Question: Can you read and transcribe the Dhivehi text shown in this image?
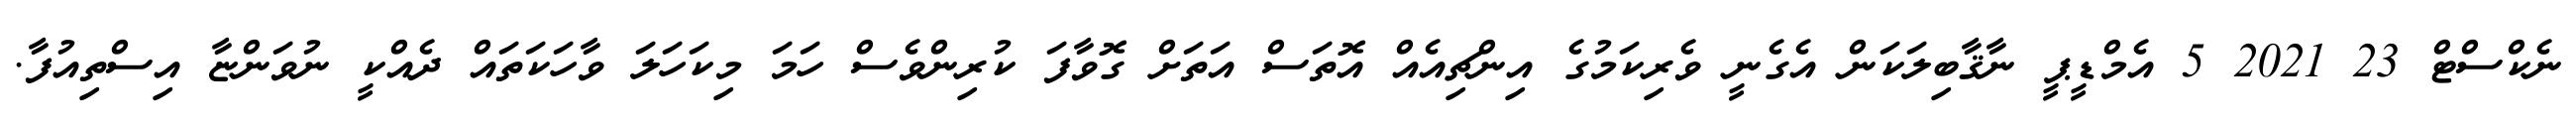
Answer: ނެކްސްޓް 23 2021 5 އެމްޑީޕީ ނާޤާބިލަކަން އެގެނީ ވެރިކަމުގެ އިންޗިއެއް އޮތަސް އަތަށް ގޮވާފަ ކުރިންވެސް ހަމަ މިކަހަލަ ވާހަކަތައް ދެއްކީ ނުވަންޏާ އިސްތިއުފާ.